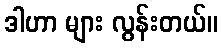
ဒါဟာ များ လွန်းတယ်။